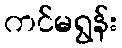
ကင်မရွန်း